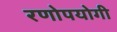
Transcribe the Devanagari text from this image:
रणोपयोगी